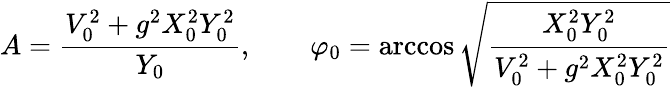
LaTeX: A=\frac{V_{0}^{2}+g^{2}X_{0}^{2}Y_{0}^{2}}{Y_{0}},\qquad\varphi_{0}=\operatorname{arccos}\sqrt{\frac{X_{0}^{2}Y_{0}^{2}}{V_{0}^{2}+g^{2}X_{0}^{2}Y_{0}^{2}}}